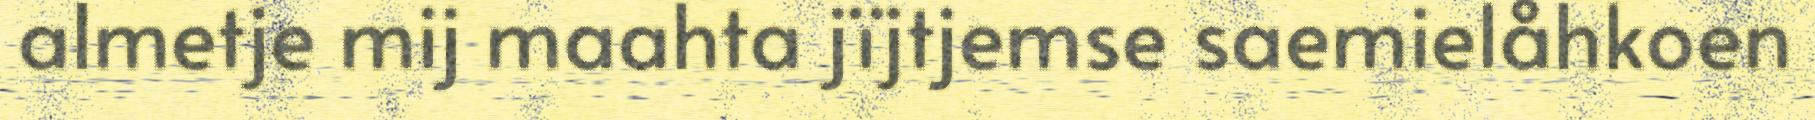
almetje mij maahta jïjtjemse saemielåhkoen